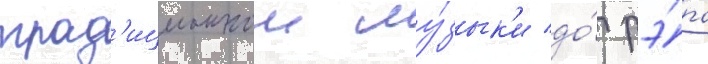
трад'иционнои му́зык'и до́ рэ́па